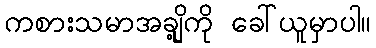
ကစားသမာအချို့ကို ခေါ်ယူမှာပါ။